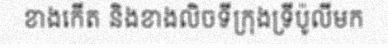
ខាងកើត និងខាងលិចទីក្រុងទ្រីប៉ូលីមក